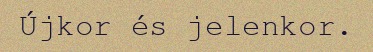
Újkor és jelenkor.